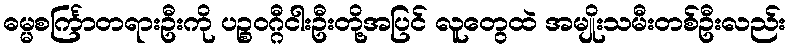
ဓမ္မစင်္ကြာတရားဦးကို ပဉ္စဝဂ္ဂီငါးဦးတို့အပြင် လူတွေထဲ အမျိုးသမီးတစ်ဦးလည်း